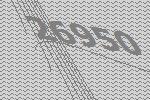
26950